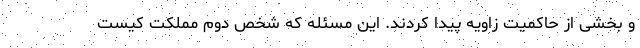
و بخشی از حاکمیت زاویه پیدا کردند. این مسئله که شخص دوم مملکت کیست